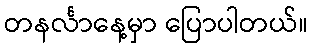
တနင်္လာနေ့မှာ ပြောပါတယ်။